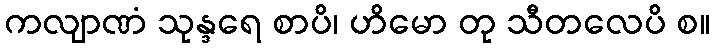
ကလျာဏံ သုန္ဒရေ စာပိ၊ ဟိမော တု သီတလေပိ စ။